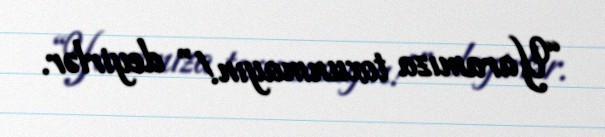
“Yaramıza toxunmayın!” deyirlər.